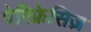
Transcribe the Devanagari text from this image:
पेरिफ्रेसिज़